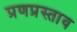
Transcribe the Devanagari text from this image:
प्रणप्रस्ताव